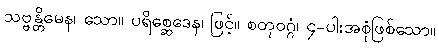
သဗ္ဗန္တိမေန၊ သော။ ပရိစ္ဆေဒေန၊ ဖြင့်။ စတုဝဂ္ဂံ၊ ၄-ပါးအစုံဖြစ်သော။